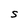
Character: S